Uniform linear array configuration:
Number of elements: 12
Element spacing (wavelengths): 1
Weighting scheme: hamming
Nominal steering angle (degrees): -30
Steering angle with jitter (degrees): -31.097
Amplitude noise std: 0.05
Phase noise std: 0.05

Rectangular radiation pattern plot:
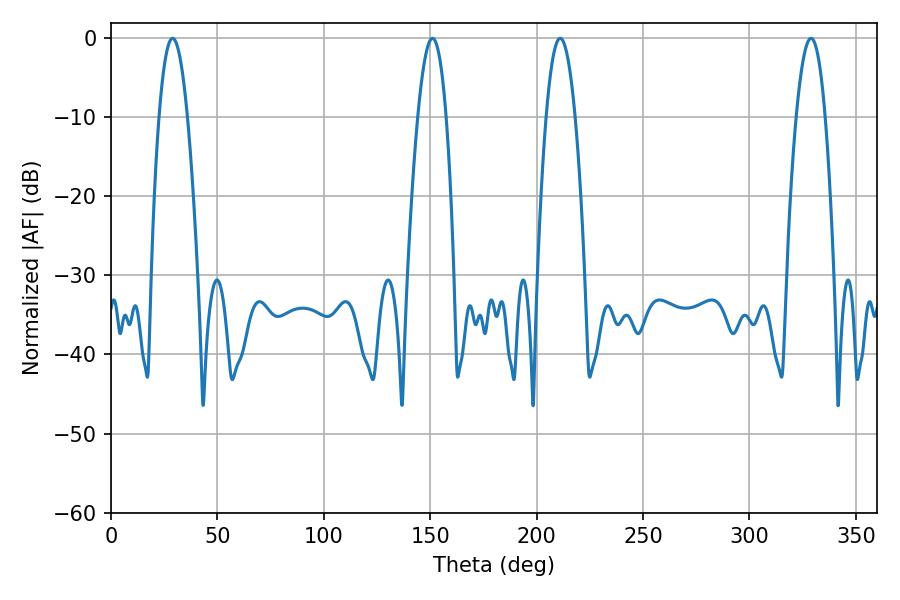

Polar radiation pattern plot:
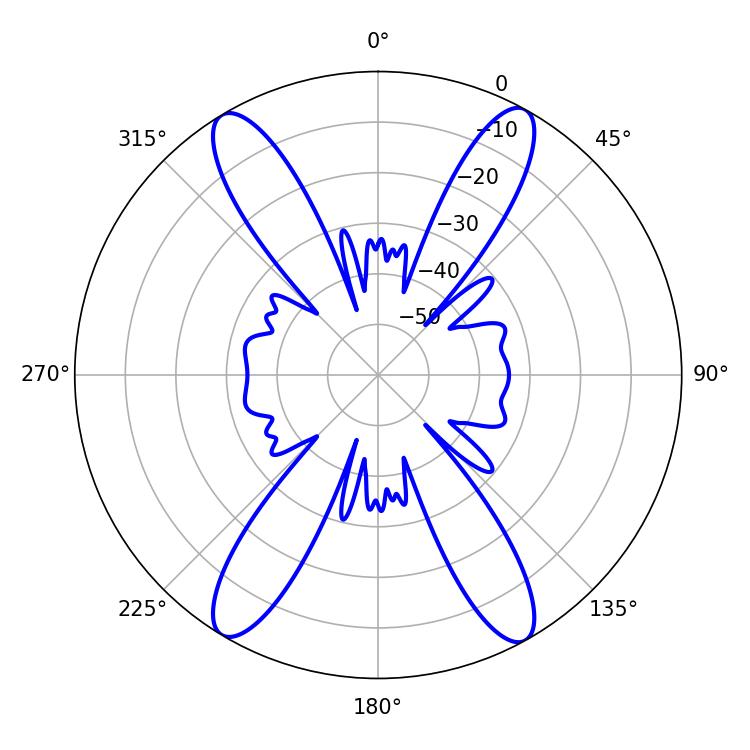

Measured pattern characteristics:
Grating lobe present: TRUE
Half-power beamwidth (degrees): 7.38
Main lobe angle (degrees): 28.98